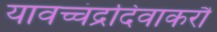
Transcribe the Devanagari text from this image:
यावच्चंद्रदिवाकरौ